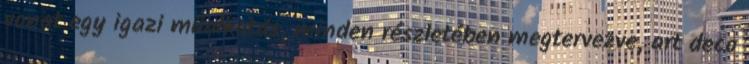
vonat egy igazi műalkotás, minden részletében megtervezve, art deco